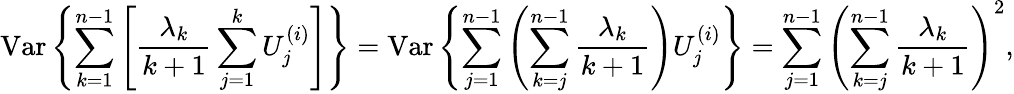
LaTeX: \mathrm{Var}\left\{ \sum_{k=1}^{n-1}\left[\frac{\lambda_{k}}{k+1}\sum_{j=1}^{k}U_{j}^{(i)}\right]\right\} =\mathrm{Var}\left\{ \sum_{j=1}^{n-1}\left(\sum_{k=j}^{n-1}\frac{\lambda_{k}}{k+1}\right)U_{j}^{(i)}\right\} =\sum_{j=1}^{n-1}\left(\sum_{k=j}^{n-1}\frac{\lambda_{k}}{k+1}\right)^{2},